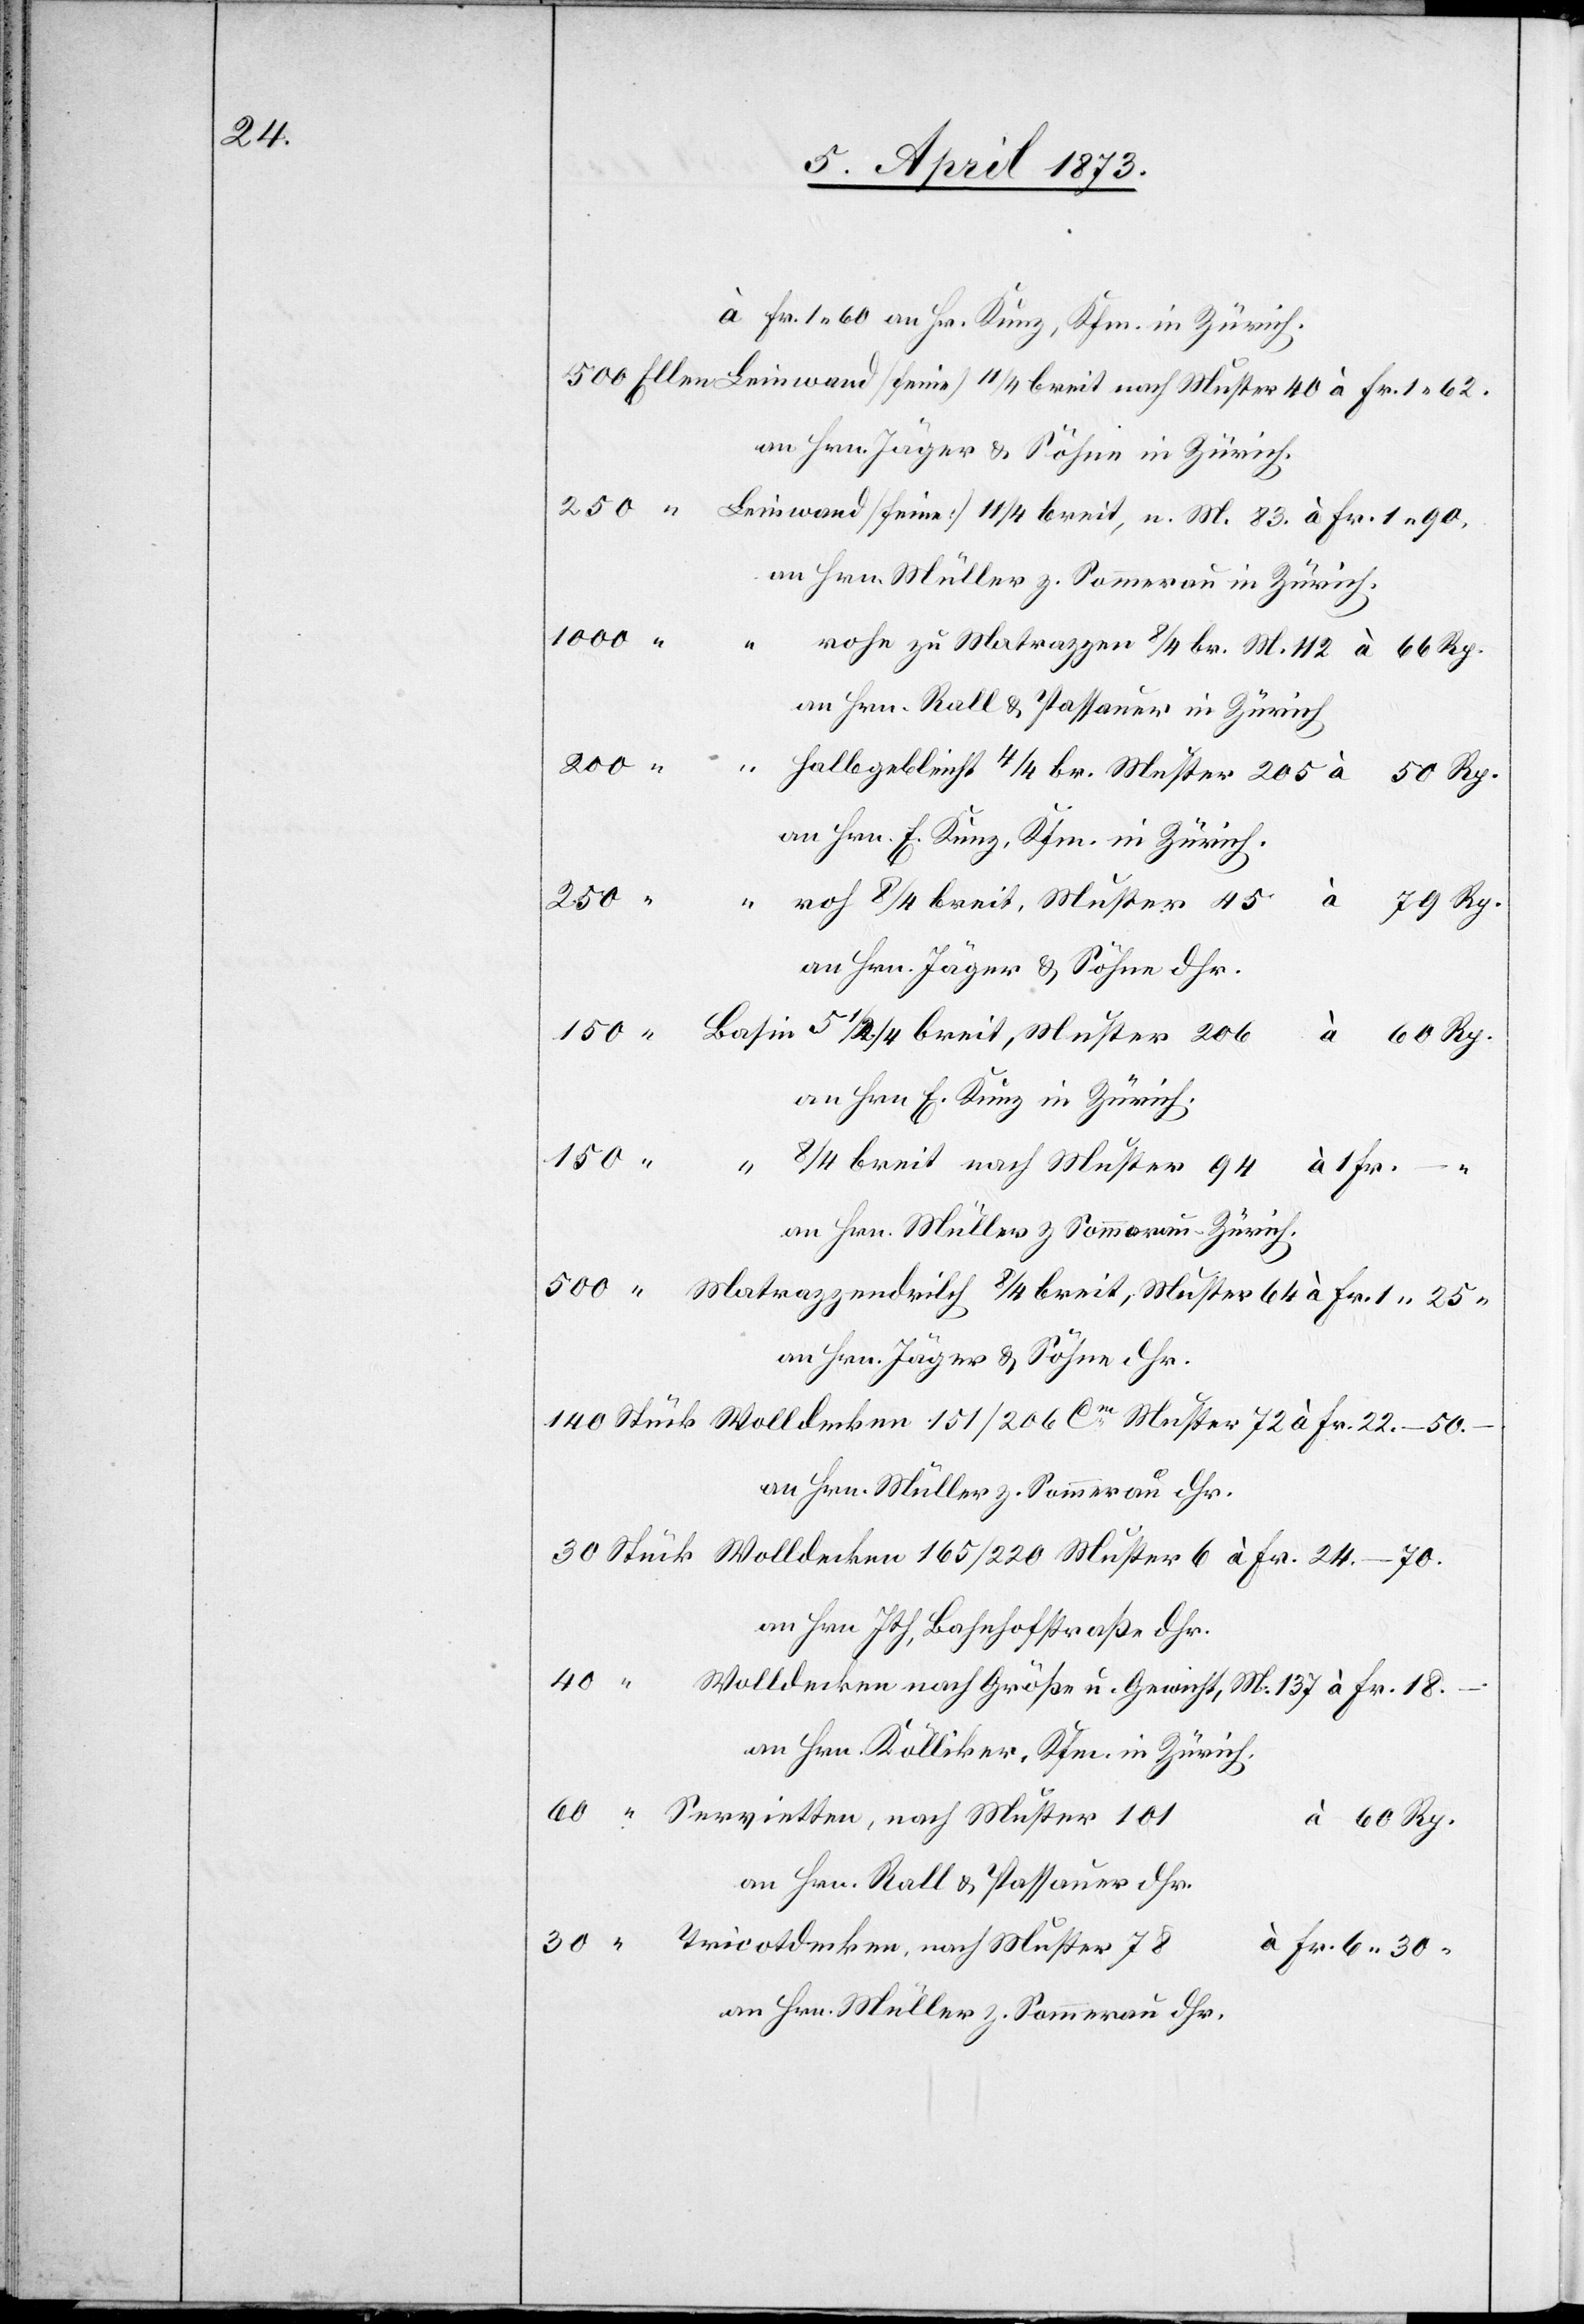
an Hrn. Jäger u. Söhne in Zürich.
an Hrn. Müller z. Sommerau in Zürich.
18. –.
“
rohe zu Matrazzen 8/4 br. M. 112 à 66 Rp.
an Hrn. Rall u. Passauer in Zürich
200
halbgebleicht 4/4 br. Muster 205 à 50 Rp.
an Hrn. E. Kunz, Kfm. in Zürich.
250
roh 8/4 breit, Muster 45 à 79 Rp.
30
an Hrn Jäger u. Söhne dhr.
an Hrn. E. Kunz in Zürich.
8/4 breit nach Muster 94 à 1 Fr. –.
an Hrn. Müller z Sommerau-Zürich.
an Hrn. Müller z. Sommerau dhr.
an Hrn. Jth, Bahnhofstraße dhr.
an Hrn Kölliker, Kfm. in Zürich.
à 60 Rp.
an Hrn. Rall u. Possauer dhr.
à Fr. 6. 30.
an Hrn. Müller z. Sommerau dhr.